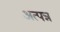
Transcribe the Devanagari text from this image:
अत्पन्न